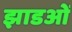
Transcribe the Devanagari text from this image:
झाडओं